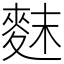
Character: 䴲